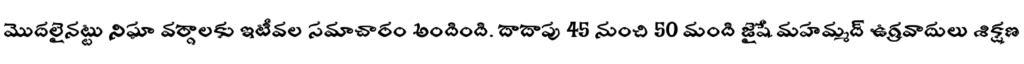
మొదలైనట్టు నిఘా వర్గాలకు ఇటీవల సమాచారం అందింది. దాదాపు 45 నుంచి 50 మంది జైషే మహమ్మద్ ఉగ్రవాదులు శిక్షణ